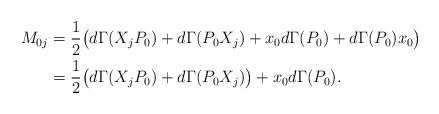
LaTeX: \begin{align*}M_{0j}&=\frac{1}{2}\big( d\Gamma(X_jP_0)+d\Gamma(P_0X_j)+x_0 d\Gamma(P_0)+ d\Gamma(P_0) x_0\big) \\&=\frac{1}{2}\big( d\Gamma(X_jP_0)+d\Gamma(P_0X_j)\big) +x_0 d\Gamma(P_0).\end{align*}